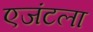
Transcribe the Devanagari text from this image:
एजंटला